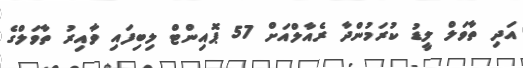
އަދި ތާވަލް ލީޑު ކުރަމުންދާ ރެއާލްއަށް 57 ޕޮއިންޓް ލިބިފައި ވާއިރު ތާވަލްގެ